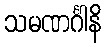
သမဏင်္ဂါနိ